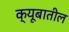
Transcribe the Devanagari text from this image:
क्यूबातील